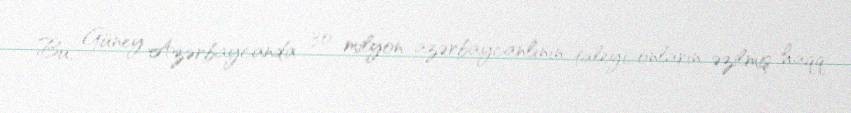
Bu, Güney Azərbaycanda 30 milyon azərbaycanlının taleyi, onların əzilmiş haqq